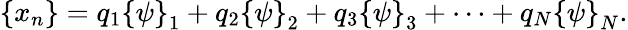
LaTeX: {\left\{ \begin{array}{l}{x_{n}}\end{array}\right\} }=q_{1}{\left\{ \begin{array}{l}{\psi}\end{array}\right\} }_{1}+q_{2}{\left\{ \begin{array}{l}{\psi}\end{array}\right\} }_{2}+q_{3}{\left\{ \begin{array}{l}{\psi}\end{array}\right\} }_{3}+\cdots+q_{N}{\left\{ \begin{array}{l}{\psi}\end{array}\right\} }_{N}.